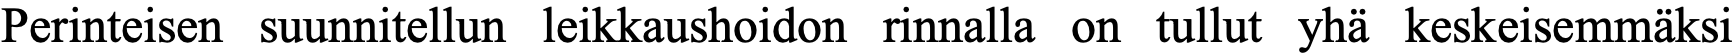
Perinteisen suunnitellun leikkaushoidon rinnalla on tullut yhä keskeisemmäksi